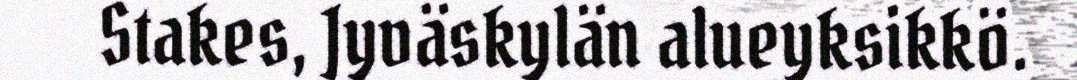
Stakes, Jyväskylän alueyksikkö.